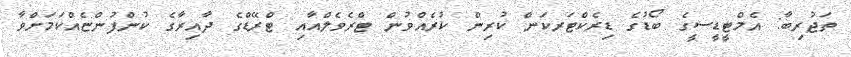
ތަޖުރިބާ: އެމްޓީޑީސީގެ ބޯޑުގެ ޑިރެކްޓަރކަން ކުރިން ކުރެއްވުން ޓްރެވެލްއާއި ޓްރޭޑްގެ ދާއިރާގެ ކުންފުންޏެއްކަމަށްވާ